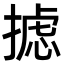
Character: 摅